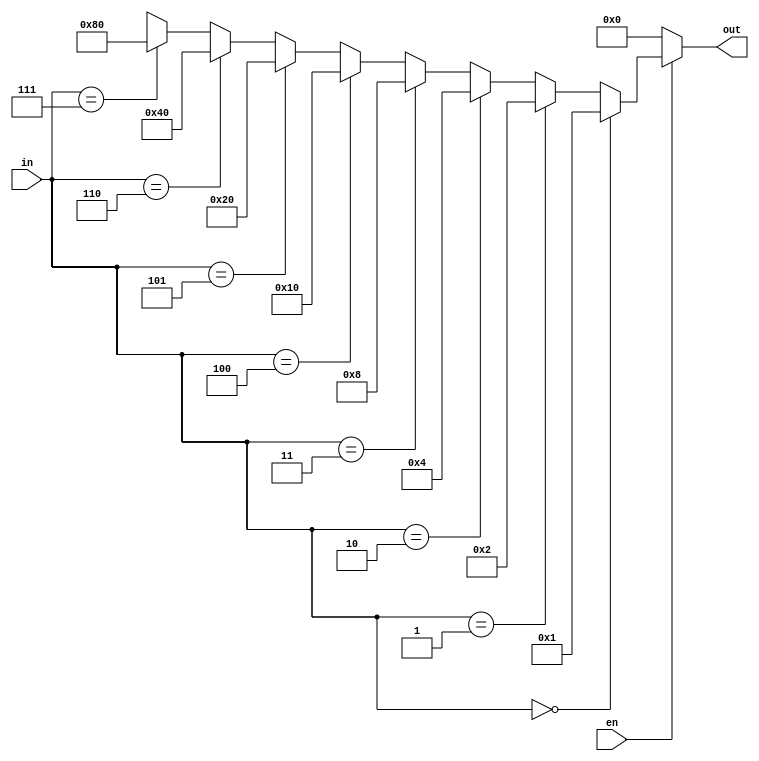
`timescale 1ns / 1ps
//////////////////////////////////////////////////////////////////////////////////
// Company:
// Engineer:
//
// Design Name:
// Module Name:    decoder38
// Project Name:
// Target Devices:
// Tool versions:
// Description:
//
// Dependencies:
//
// Revision:
// Revision 0.01 - File Created
// Additional Comments:
//
//////////////////////////////////////////////////////////////////////////////////

// 3-8
module decoder38(
    input [2:0] in,     // 3
    output [7:0] out,   // 8
    input en            // 
    );

    assign out = (en == 0) ? 8'b0:
        (in == 3'b000) ? 8'b0000_0001 :
        (in == 3'b001) ? 8'b0000_0010 :
        (in == 3'b010) ? 8'b0000_0100 :
        (in == 3'b011) ? 8'b0000_1000 :
        (in == 3'b100) ? 8'b0001_0000 :
        (in == 3'b101) ? 8'b0010_0000 :
        (in == 3'b110) ? 8'b0100_0000 :
        (in == 3'b111) ? 8'b1000_0000 :
        8'bx;

endmodule